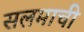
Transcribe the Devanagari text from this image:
सलमाची